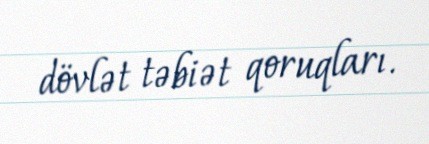
dövlət təbiət qoruqları.